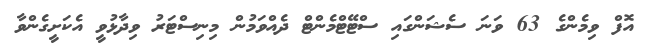
އޮފް ވިމެންގެ 63 ވަނަ ސެޝަންގައި ސްޓޭޓްމެންޓް ދެއްވަމުން މިނިސްޓަރު ވިދާޅުވީ އެކަށީގެންވާ